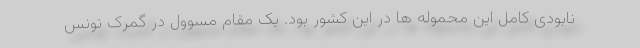
نابودی کامل این محموله ها در این کشور بود. یک مقام مسوول در گمرک تونس